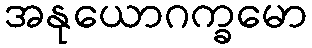
အနုယောဂက္ခမော